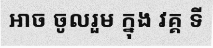
អាច ចូលរួម ក្នុង វគ្គ ទី